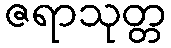
ဇရာသုတ္တ